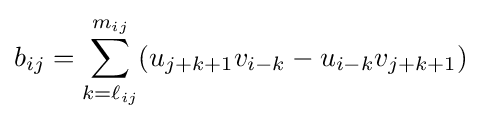
b_{ij}=\sum _{k=\ell _{ij}}^{m_{ij}}(u_{j+k+1}v_{i-k}-u_{i-k}v_{j+k+1})